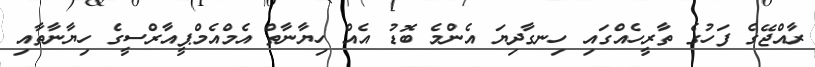
ރާއްޖޭގެ ފަހުގެ ތާރީހެއްގައި ހިނގާދިޔަ އެންމެ ބޮޑު އެއް ހިޔާނާތް އެމްއެމްޕީއާރްސީގެ ހިޔާނާތާއި